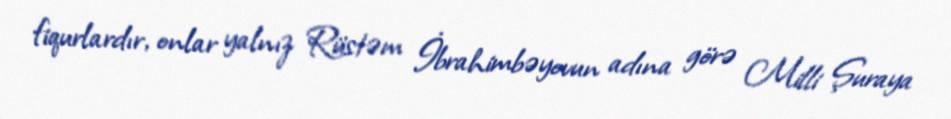
fiqurlardır, onlar yalnız Rüstəm İbrahimbəyovun adına görə Milli Şuraya